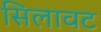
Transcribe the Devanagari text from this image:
सिलावट